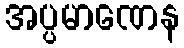
အပ္ပမာဏေန